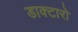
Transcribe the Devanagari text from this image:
डाक्टारो